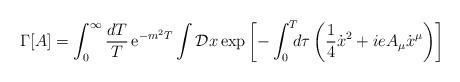
LaTeX: \begin{align*}\Gamma\lbrack A\rbrack = \int_0^{\infty}{dT\over T} \, {\rm e}^{-m^2T}\int {\cal D}x\, {\rm exp} \left[ - \int_0^T \!\!\! d\tau \left( {1\over 4}{\dot x}^2 + ieA_{\mu}\dot x^{\mu} \right) \right]\end{align*}